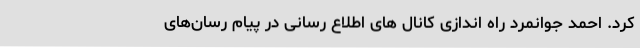
کرد. احمد جوانمرد راه اندازی کانال های اطلاع رسانی در پیام رسان‌های